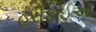
હરીફાઈઓ